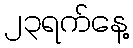
၂၃ရက်နေ့